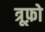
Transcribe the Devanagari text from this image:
त्रूफ़ो